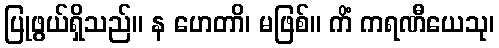
ပြုဖွယ်ရှိသည်။ န ဟေတာိ၊ မဖြစ်။ ကိံ ကရဏီယေသု၊